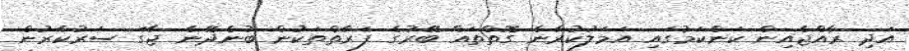
އަދި ރާއްޖެއިން ކަންކަމުގައި އަމަލުކުރާނެ ގޮތްތައް ބޭރުގެ ފަރާތްތަކުން ބުނެދޭނެ ޖާގަ ސަރުކާރުން